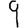
Digit: 9